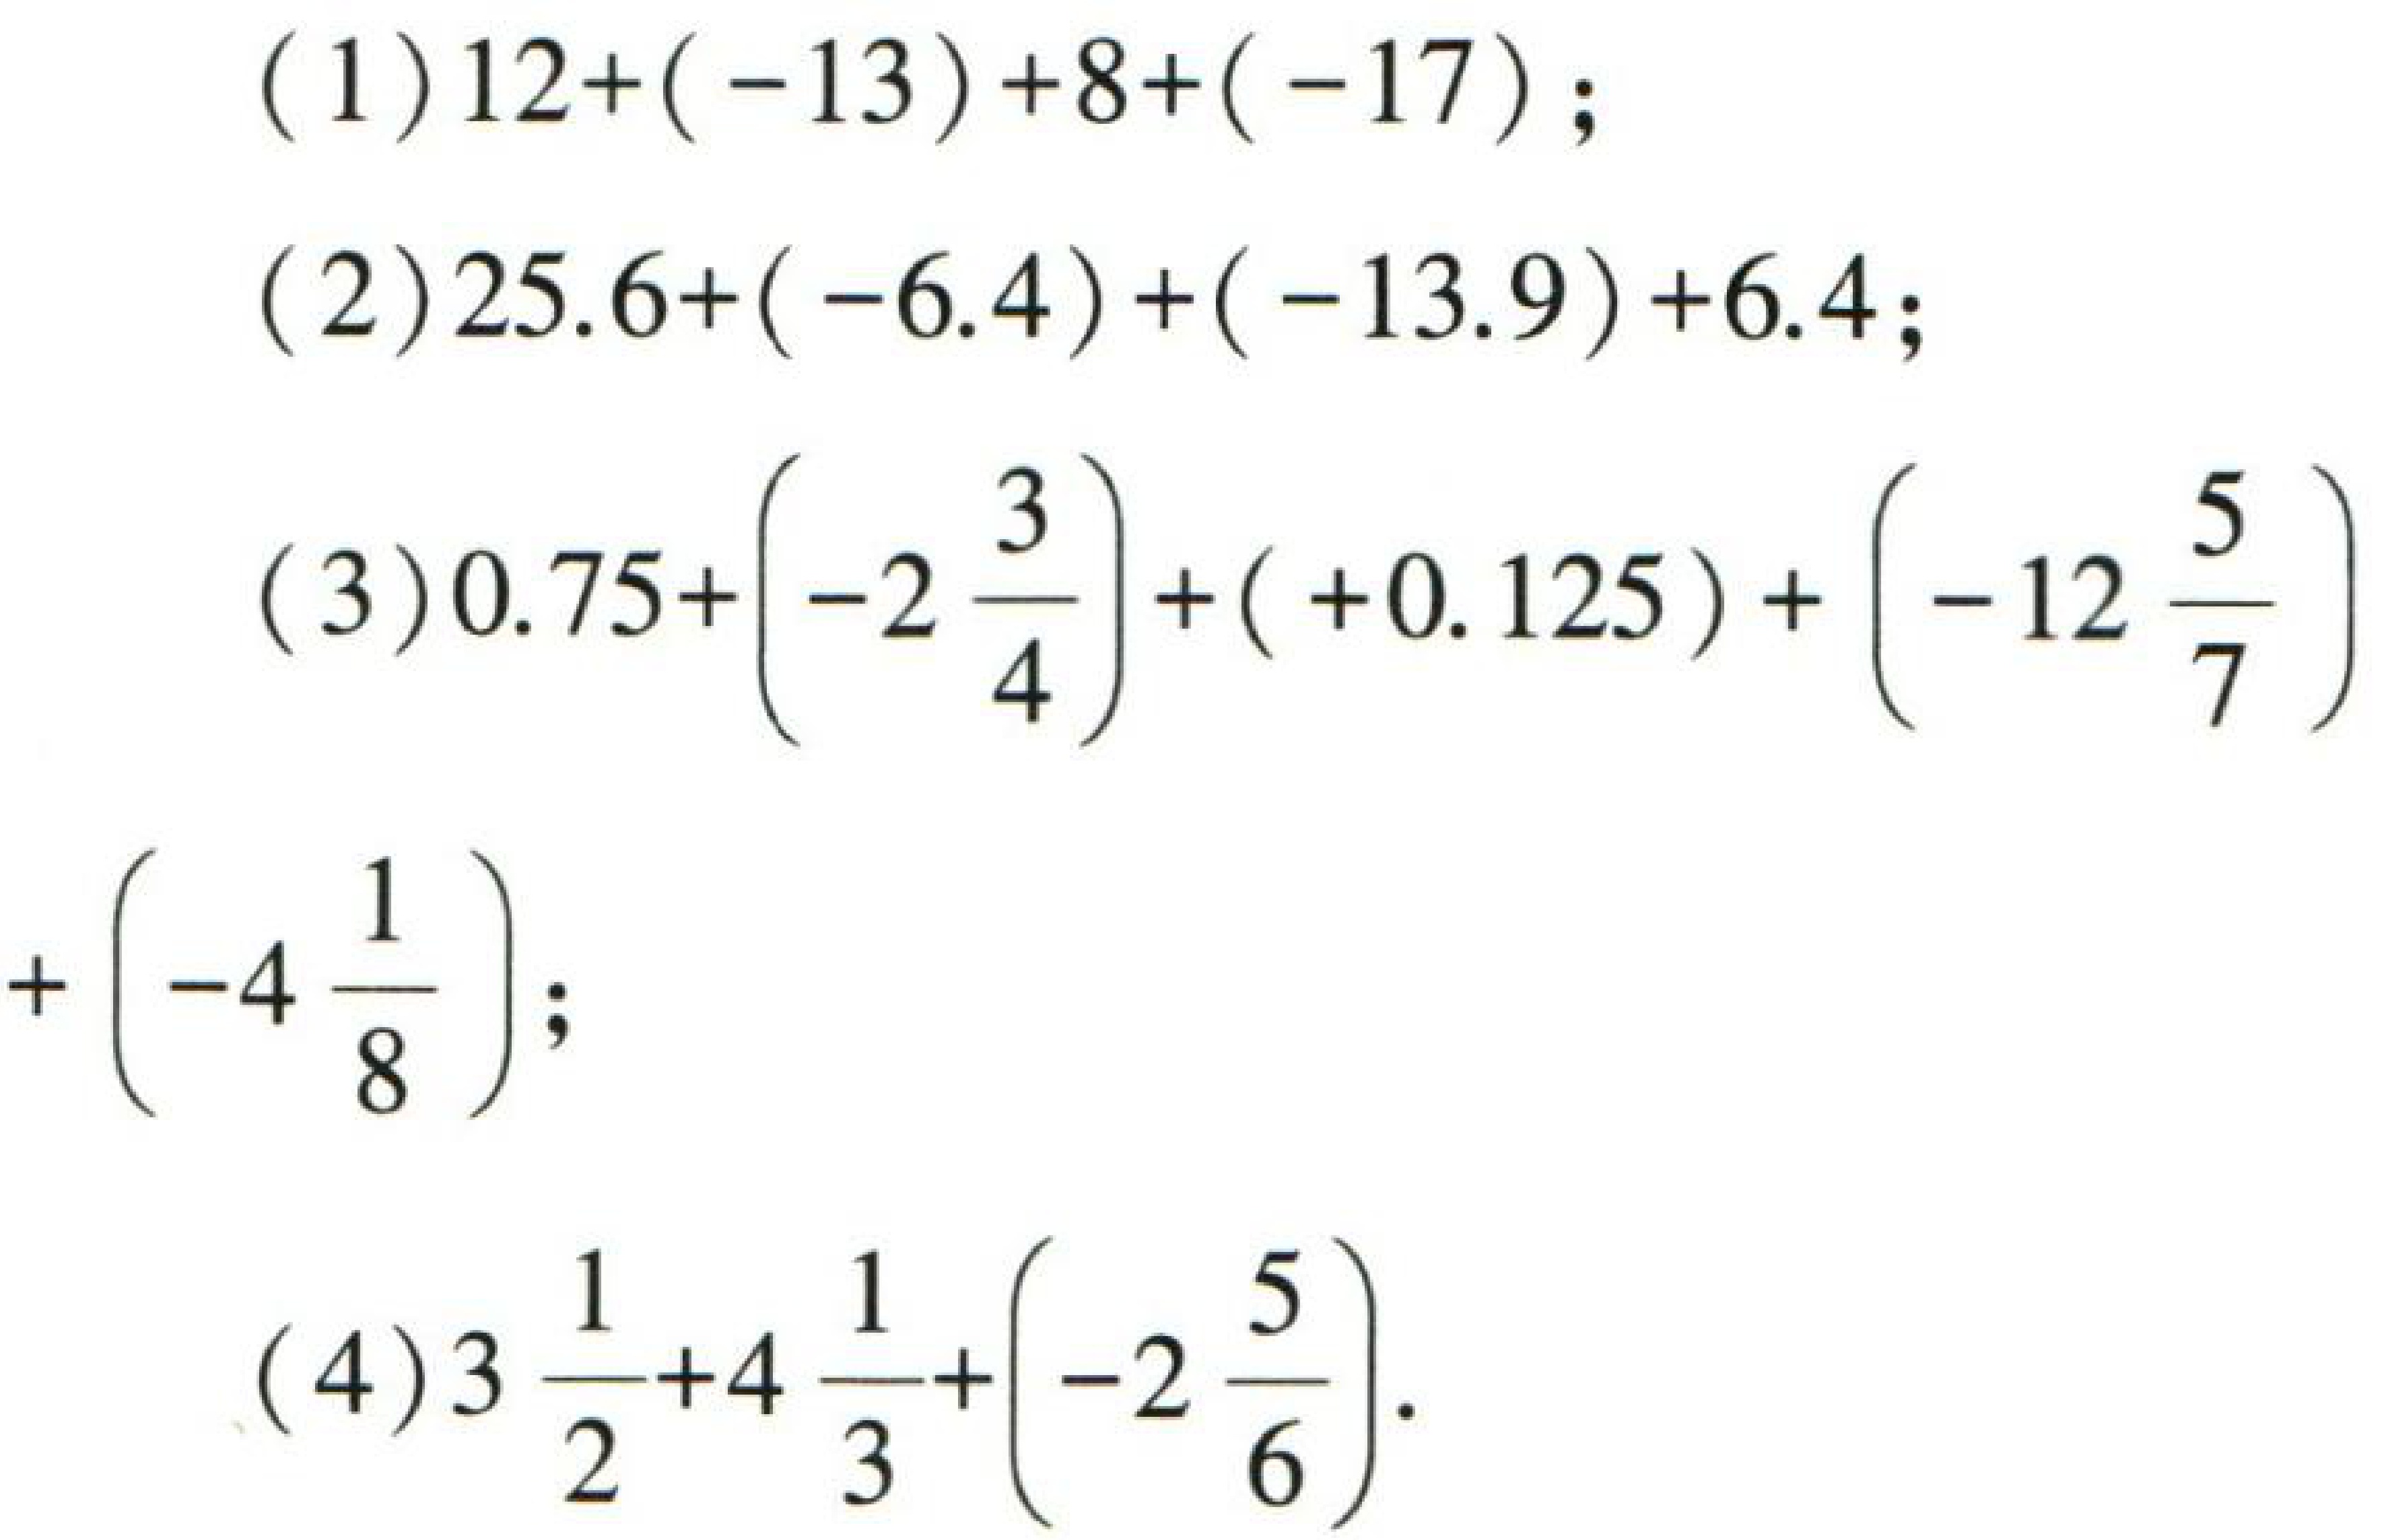
\((1)12+(-13)+8+(-17);\)
\((2)25.6+(-6.4)+(-13.9)+6.4;\)
\((3)0.75+\left(-2\frac{3}{4}\right)+( + 0.125)+\left(-12\frac{5}{7}\right)+\left(-4\frac{1}{8}\right);\)
\((4)3\frac{1}{2}+4\frac{1}{3}+\left(-2\frac{5}{6}\right).\)